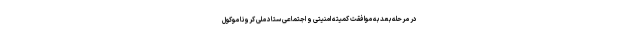
در مرحله بعد به موافقت کمیته امنیتی و اجتماعی ستاد ملی کرونا موکول